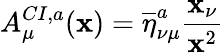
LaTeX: A_{\mu}^{CI,a}(\mathbf{x})=\overline{{{{\eta}}}}_{\nu\mu}^{a}\frac{{\mathbf{x}_{\nu}}}{{\mathbf{x}^{2}}}